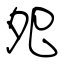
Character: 夗